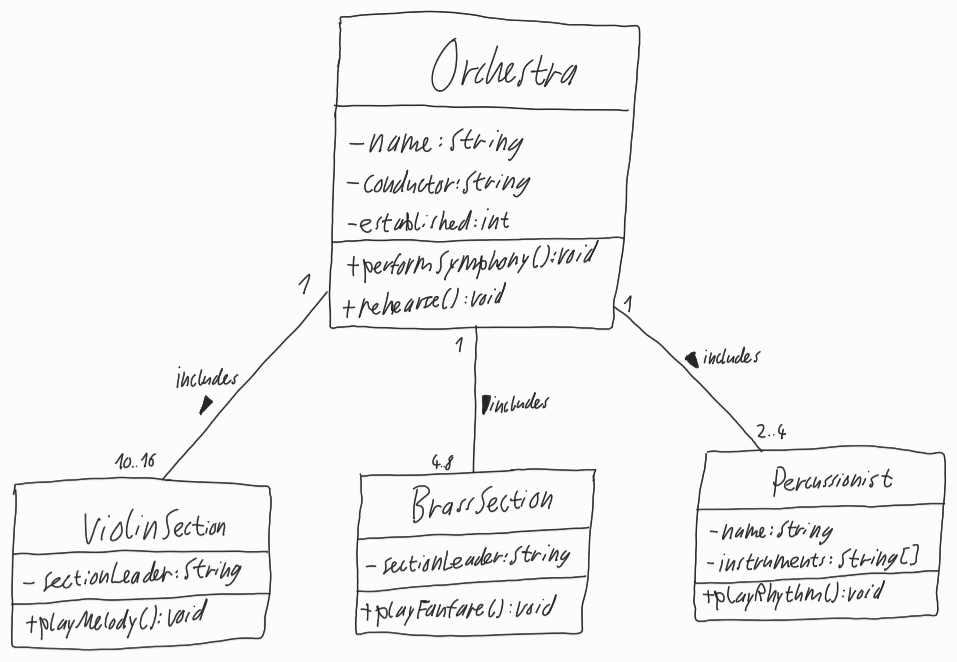
Diagram type: class_diagram
```plantuml
@startuml

class Orchestra {
  - name: String
  - conductor: String
  - established: int
  + performSymphony(): void
  + rehearse(): void
}

class ViolinSection {
  - sectionLeader: String
  + playMelody(): void
}

class BrassSection {
  - sectionLeader: String
  + playFanfare(): void
}

class Percussionist {
  - name: String
  - instruments: String[]
  + playRhythm(): void
}

Orchestra "1" -- "10..16" ViolinSection : includes >

Orchestra "1" -- "4..8" BrassSection : includes >

Orchestra "1" -- "2..4" Percussionist : includes >

@enduml
```